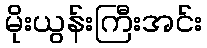
မိုးယွန်းကြီးအင်း